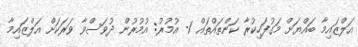
އަލްޒައިމާ ބައްޔަށް މަގުފަހިކުރާ ކަންތައްތައް 1- އުމުރު: އުމުރުން ދުވަސްވާ ވަރަކަށް އަލްޒައިމާ